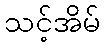
သင့်အိမ်